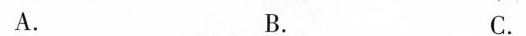
A. B. C.